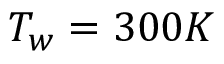
T _ { w } = 3 0 0 K